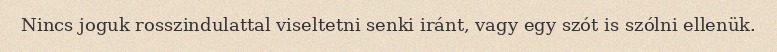
Nincs joguk rosszindulattal viseltetni senki iránt, vagy egy szót is szólni ellenük.